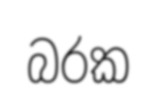
බරක